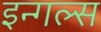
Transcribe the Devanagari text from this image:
इन्गल्स